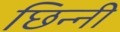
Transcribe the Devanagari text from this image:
छिन्‍नी